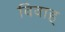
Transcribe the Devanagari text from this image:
विवाह्